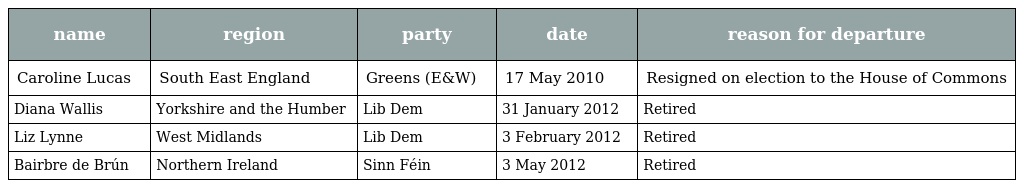
| name | region | party | date | reason for departure |
 | --- | --- | --- | --- | --- |
 | Caroline Lucas | South East England | Greens (E&W) | 17 May 2010 | Resigned on election to the House of Commons |
 | Diana Wallis | Yorkshire and the Humber | Lib Dem | 31 January 2012 | Retired |
 | Liz Lynne | West Midlands | Lib Dem | 3 February 2012 | Retired |
 | Bairbre de Brún | Northern Ireland | Sinn Féin | 3 May 2012 | Retired |